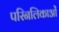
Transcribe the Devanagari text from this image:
परिनलिकाओं